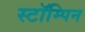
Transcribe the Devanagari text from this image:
स्टॉम्पिन